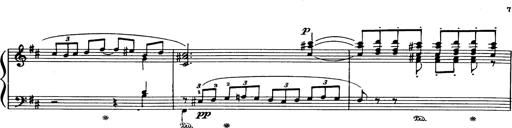
Title: Danza sacra e duetto finale dâ€™Aida
Composer: Franz Liszt